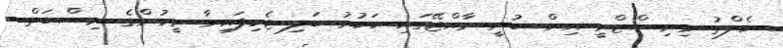
ހެލްތު މިނިސްޓްރީ އިން ބުނީ ރާއްޖޭގައި ހަކުރު ބަލި ޖެހިފައިވާ މީހުންގެ ނިސްބަތް